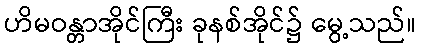
ဟိမဝန္တာအိုင်ကြီး ခုနစ်အိုင်၌ မွေ့သည်။